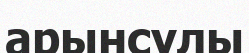
арынсулы